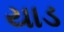
યાડ